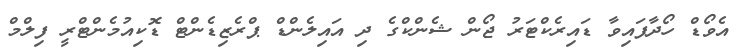
އެވޯޑް ހޯދާފައިވާ ޑައިރެކްޓަރު ޖޯން ޝެންކްގެ ދި އައިލެންޑް ޕްރެޒިޑެންޓް ޑޮކިއުމެންޓްރީ ފިލްމް